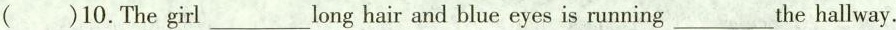
（ ）10.The girl ___ long hair and blue eyes is running ___ the hallway.